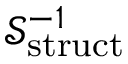
\ensuremath { \mathcal { S } } _ { \mathrm { s t r u c t } } ^ { - 1 }